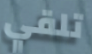
تلقي